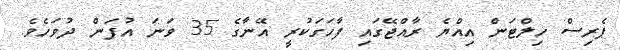
ޕެރިސް ހިލްޓަން އިއްޔެ ރާއްޖޭގައި ފާހަގަކުރީ އޭނާގެ 35 ވަނަ އުފަން ދުވަހެވެ.